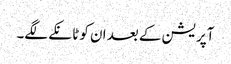
آپریشن کے بعد ان کو ٹانکے لگے۔